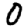
Digit: 0